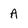
Character: A